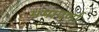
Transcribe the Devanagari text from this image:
ममापर्णा